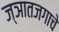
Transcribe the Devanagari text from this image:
ज्ञातजगाचे